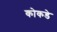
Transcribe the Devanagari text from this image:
कोकडे